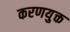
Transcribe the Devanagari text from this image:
करणयुक्त